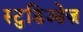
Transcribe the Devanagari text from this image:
स्टुडिओज़